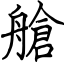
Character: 艙